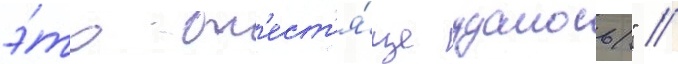
э́то бл'ест'я́ще удалось" //